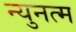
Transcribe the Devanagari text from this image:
न्युनत्म